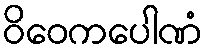
ဝိဝေကပေါဏံ